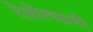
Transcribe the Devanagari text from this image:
देवोत्थानी